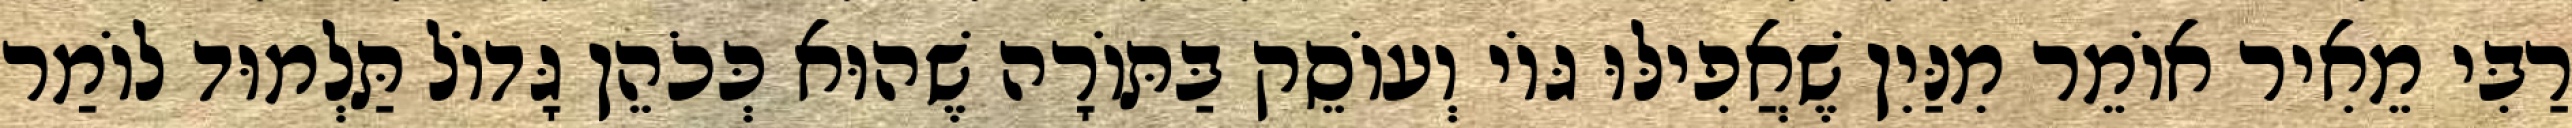
רַבִּי מֵאִיר אוֹמֵר מִנַּיִן שֶׁאֲפִילּוּ גּוֹי וְעוֹסֵק בַּתּוֹרָה שֶׁהוּא כְּכֹהֵן גָּדוֹל תַּלְמוּד לוֹמַר